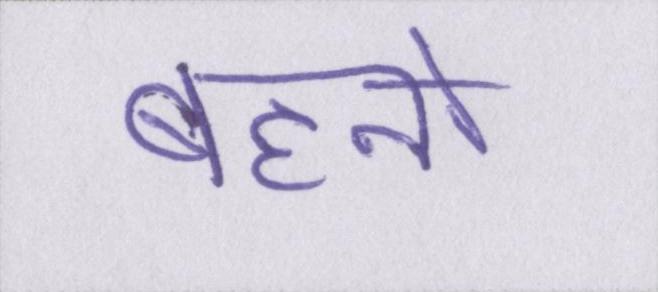
बहनो